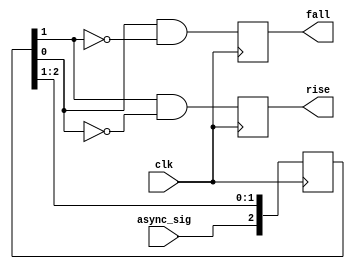
// This program was cloned from: https://github.com/chriz2600/time-sleuth
// License: MIT License

module edge_detect(
    input async_sig,
    input clk,
    output reg rise,
    output reg fall
);

    reg [1:3] resync;

    always @(posedge clk) begin
        rise <= resync[2] && !resync[3];
        fall <= resync[3] && !resync[2];
        resync <= { async_sig, resync[1:2] };
    end

endmodule